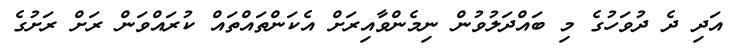
އަދި ދެ ދުވަހުގެ މި ބައްދަލުވުން ނިމެންވާއިރަށް އެކަންތައްތައް ކުރައްވަން ރަށް ރަށުގެ